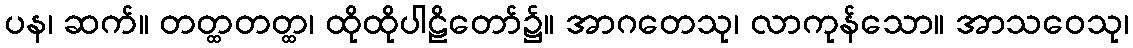
ပန၊ ဆက်။ တတ္ထတတ္ထ၊ ထိုထိုပါဠိတော်၌။ အာဂတေသု၊ လာကုန်သော။ အာသဝေသု၊